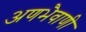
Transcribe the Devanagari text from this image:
अणभैवाणी